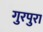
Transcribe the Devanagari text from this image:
गुरपुरा